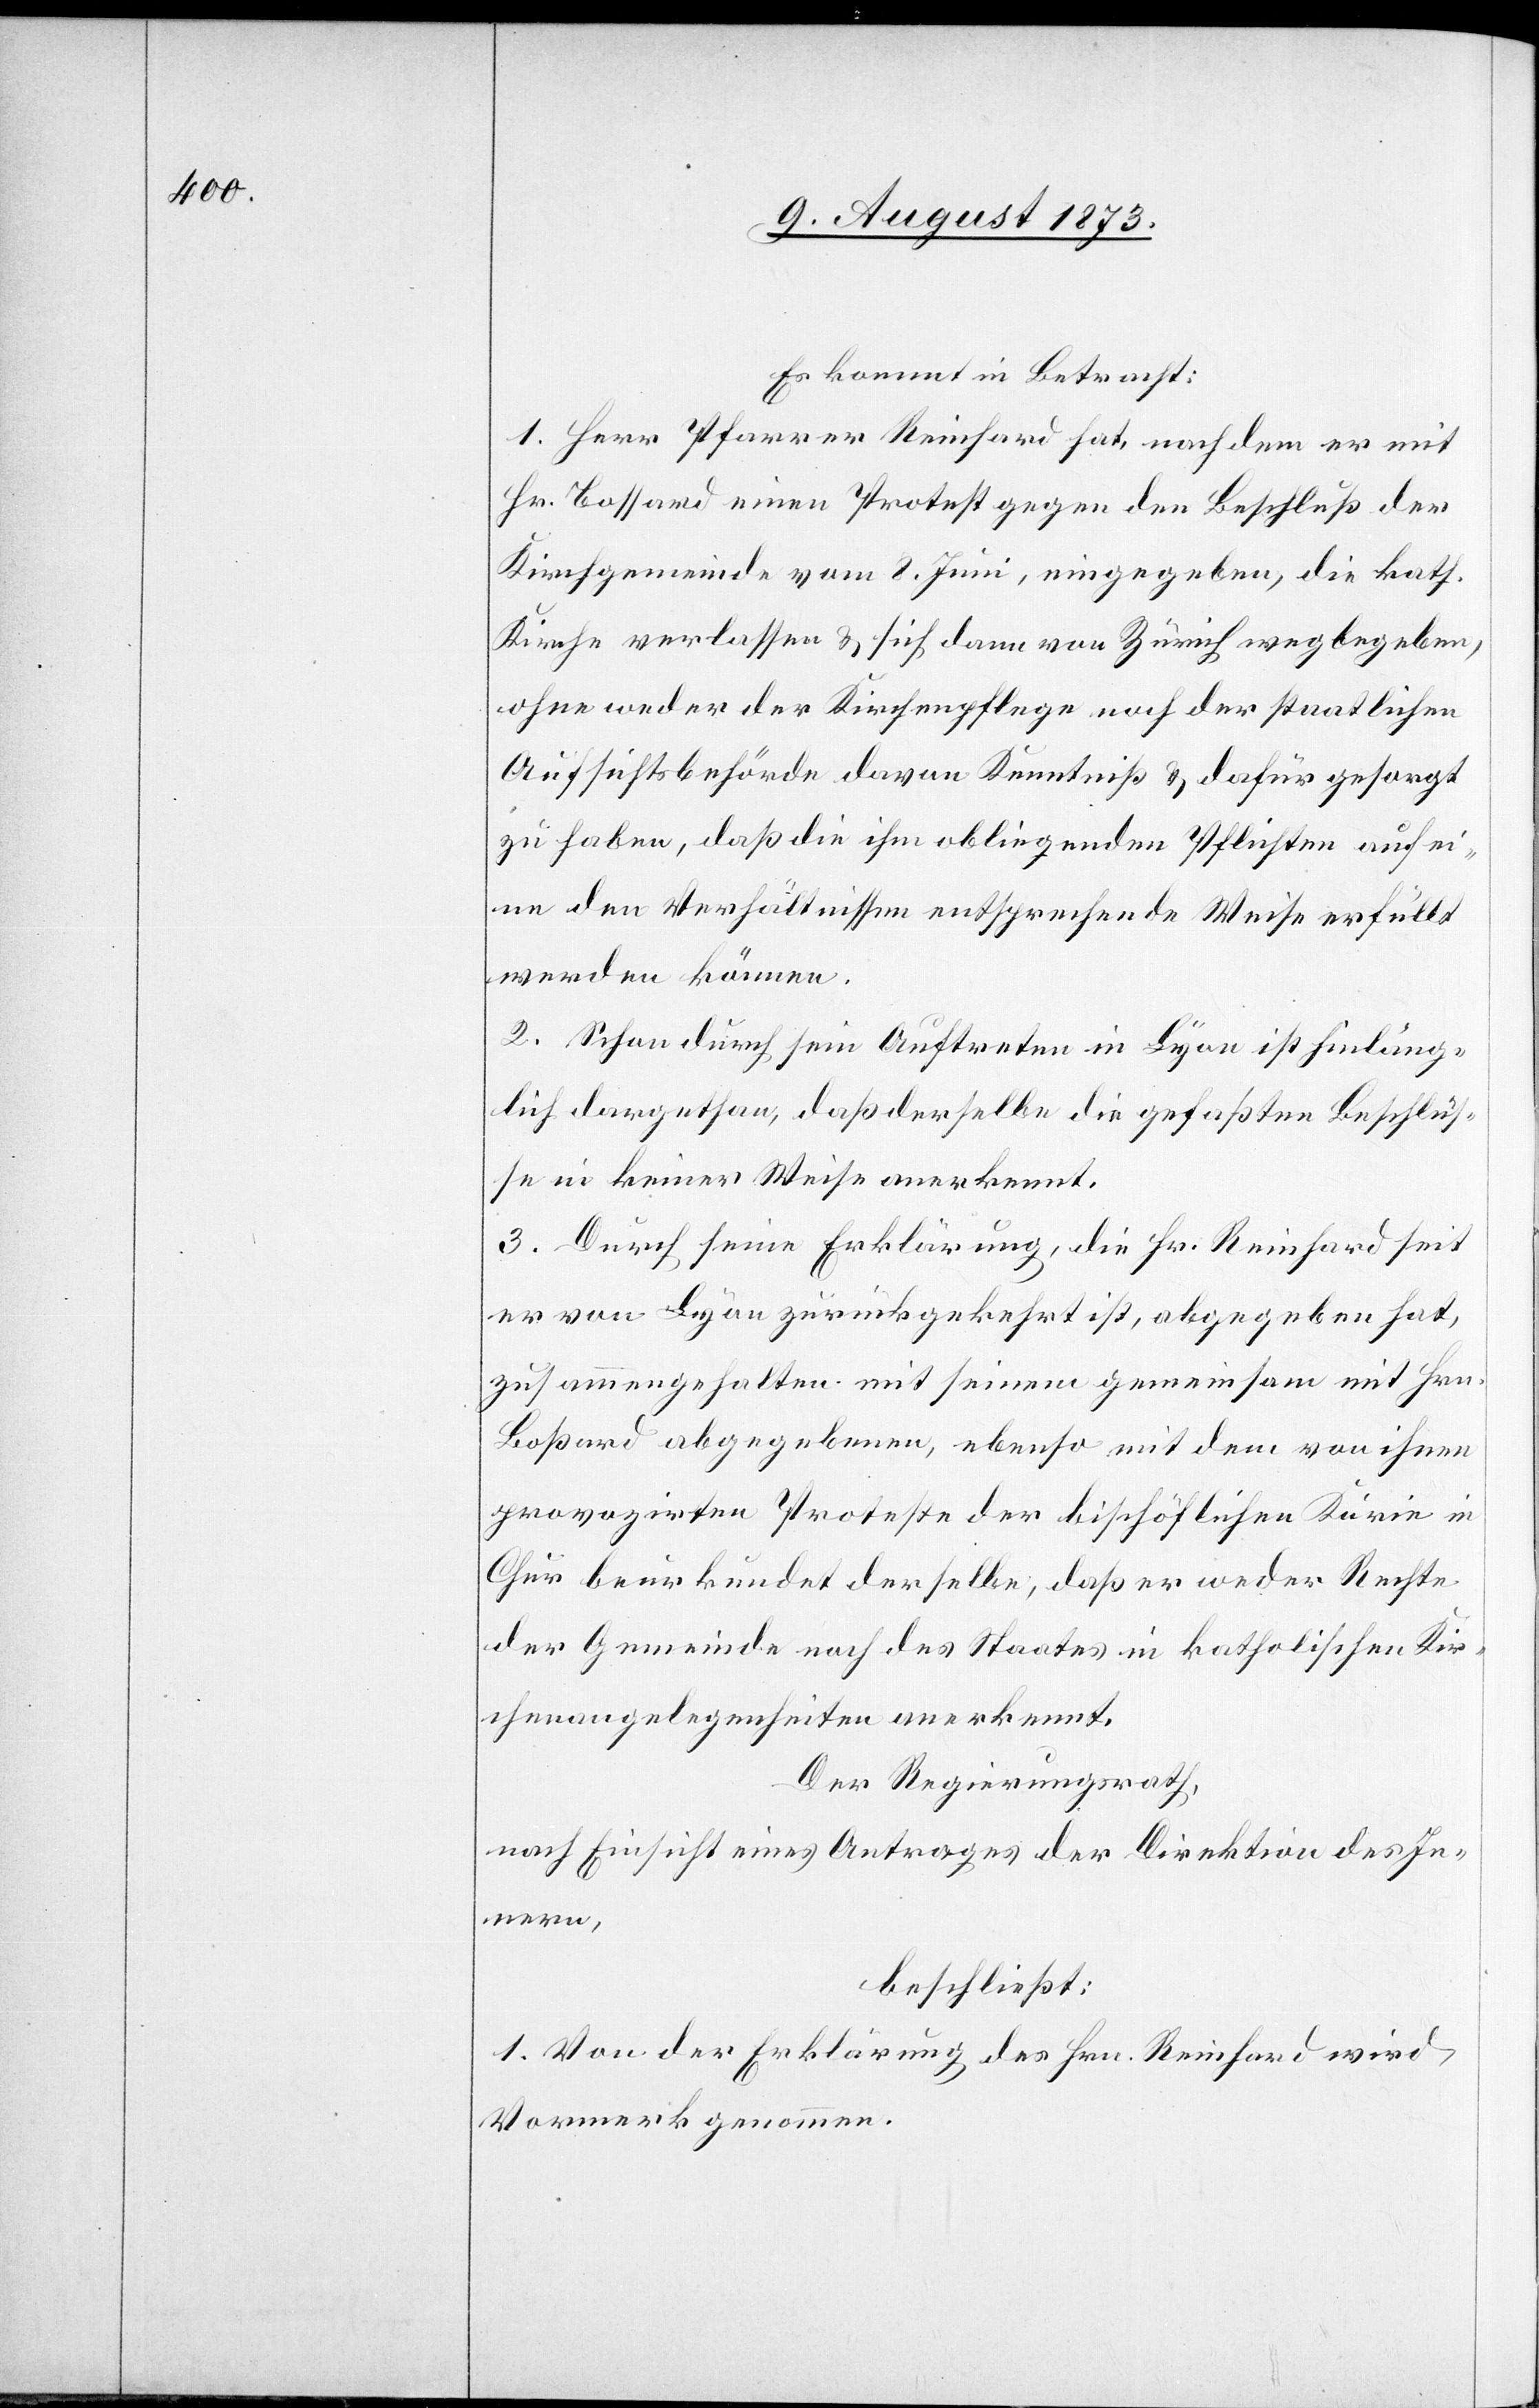
Es kommt in Betracht:
1. Herr Pfarrer Reinhard hat, nachdem er mit
Hr. Bossard einen Protest gegen den Beschluß der
Kirchgemeinde vom 8. Juni, eingegeben, die kath.
Kirche verlassen & sich dann von Zürich wegbegeben,
ohne weder der Kirchenpflege noch der staatlichen
Aufsichtsbehörde davon Kenntniß & dafür gesorgt
zu haben, daß die ihm obliegenden Pflichten auf ei¬
ne den Verhältnissen entsprechende Weise erfüllt
werden können.
2. Schon durch sein Auftreten in Lyon ist hinläng¬
lich dargethan, daß derselbe die gefaßten Beschlüs¬
se in keiner Weise anerkennt.
3. Durch seine Erklärung, die Hr. Reinhard seit
er von Lyon zurückgekehrt ist, abgegeben hat,
zusammengehalten mit seinem gemeinsam mit Hrn.
Boßard abgegebenen, ebenso mit dem von ihnen
provozirten Proteste der bischöflichen Kurie in
Chur beurkundet derselbe, daß er weder Rechte
der Gemeinde noch des Staates in katholischen Kir¬
chenangelegenheiten anerkennt.
Der Regierungsrath,
nach Einsicht eines Antrages der Direktion des Inn¬
ern,
beschließt:
1. Von der Erklärung des Hrn. Reinhard wird
Vormerk genommen.